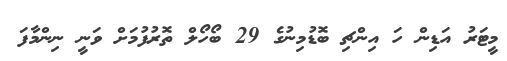
މީޓަރު އަޑިން ހަ އިންޗި ބޮޑުމިނުގެ 29 ބޯހޯލް ތޮރުފުމަށް ވަނީ ނިންމާފަ